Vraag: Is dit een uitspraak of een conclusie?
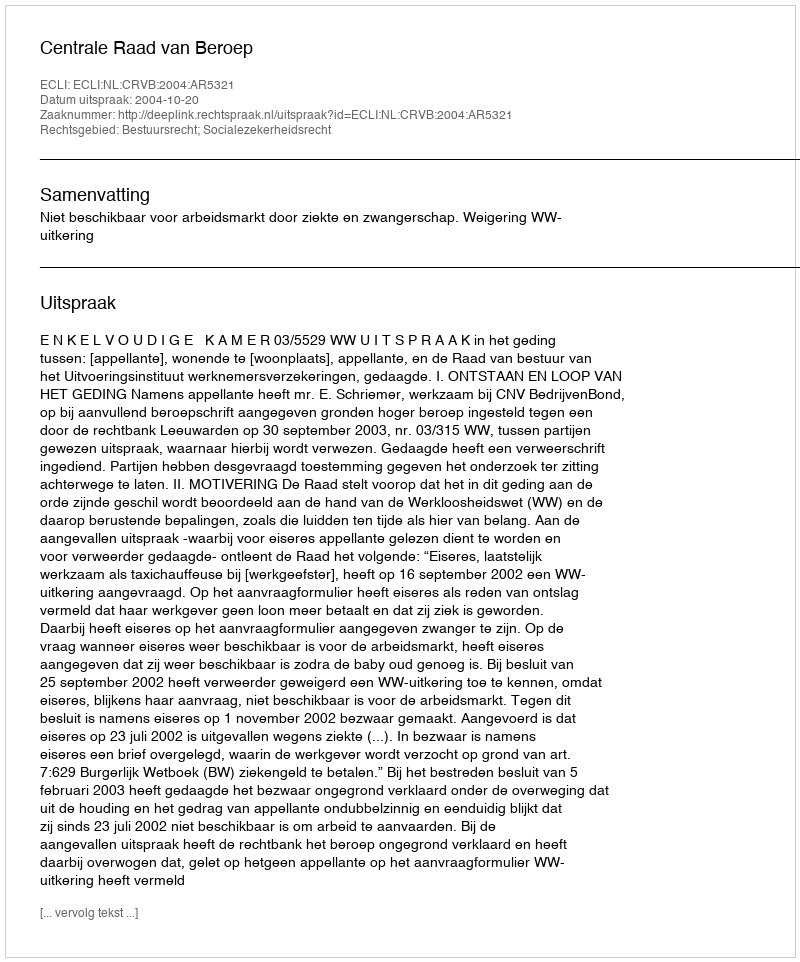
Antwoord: Uitspraak